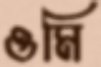
ওমি